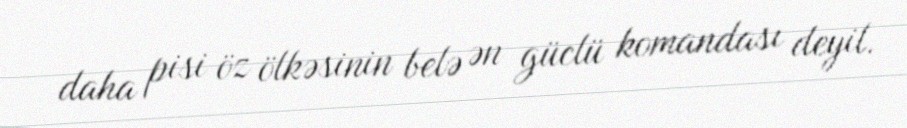
daha pisi öz ölkəsinin belə ən güclü komandası deyil.